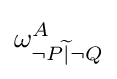
\omega _{\lnot P{\widetilde {|}}\lnot Q}^{A}